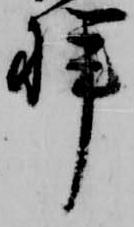
桙